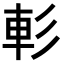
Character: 𨊨